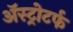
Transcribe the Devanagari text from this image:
ॲस्ट्रोटर्फ